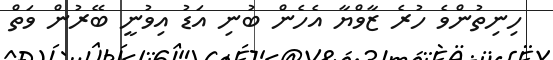
ހިނިތުންވެ ހުރެ ޒާވްޔާ އެހެން ބުނި އަޑު އިވުނީ ބޭރުން ވަތް